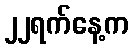
၂၂ရက်နေ့က